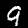
Label: 9